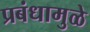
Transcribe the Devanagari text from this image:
प्रबंधामुळे